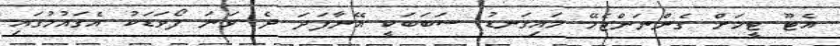
އެޓޫ ޓީމަށް ގެންނަންޖެހޭ މައިގަނޑު ސަބަބަކީ އޭނާފަދަ ދެ ވަނަ ފޯވަޑަކު އެގައުމުގައި